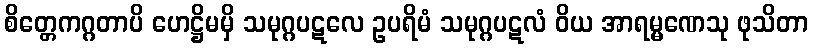
စိတ္တေကဂ္ဂတာပိ ဟေဋ္ဌိမမှိ သမုဂ္ဂပဋလေ ဥပရိမံ သမုဂ္ဂပဋလံ ဝိယ အာရမ္မဏေသု ဖုသိတာ